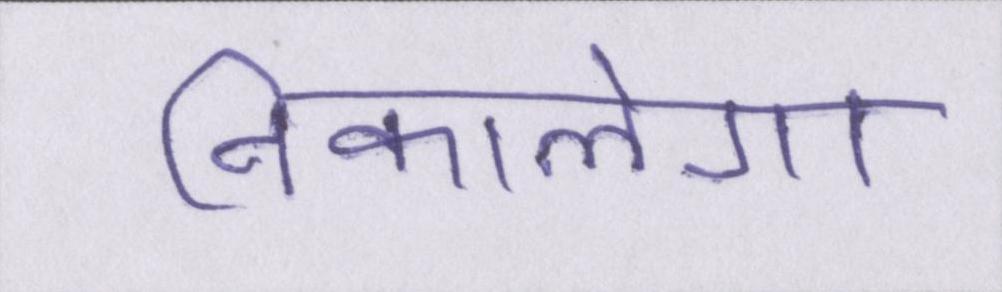
निकालेगा